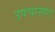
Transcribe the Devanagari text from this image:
उपचारगट